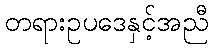
တရားဥပဒေနှင့်အညီ